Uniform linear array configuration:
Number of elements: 64
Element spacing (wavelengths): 0.5
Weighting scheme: blackman
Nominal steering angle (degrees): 60
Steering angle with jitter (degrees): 58.329
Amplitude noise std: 0.05
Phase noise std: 0.05

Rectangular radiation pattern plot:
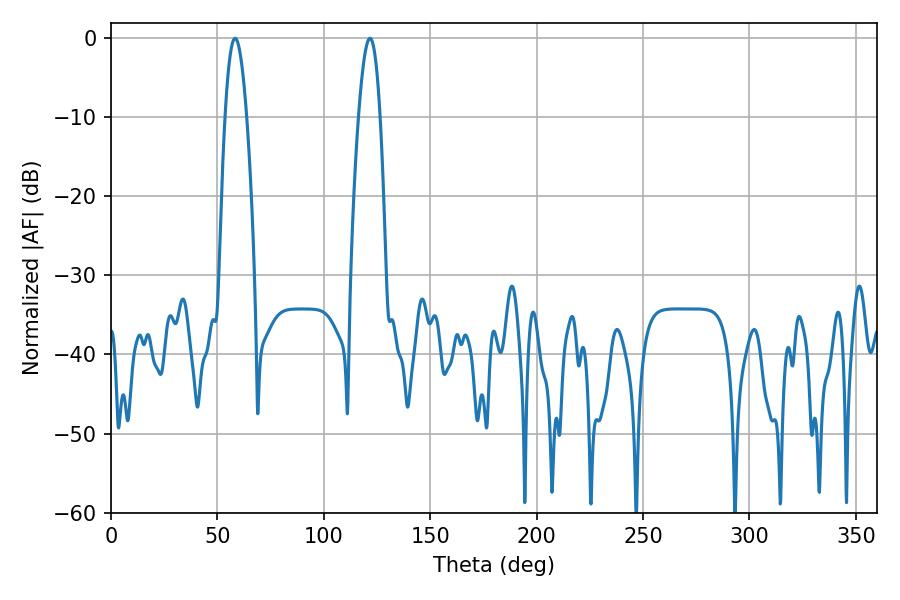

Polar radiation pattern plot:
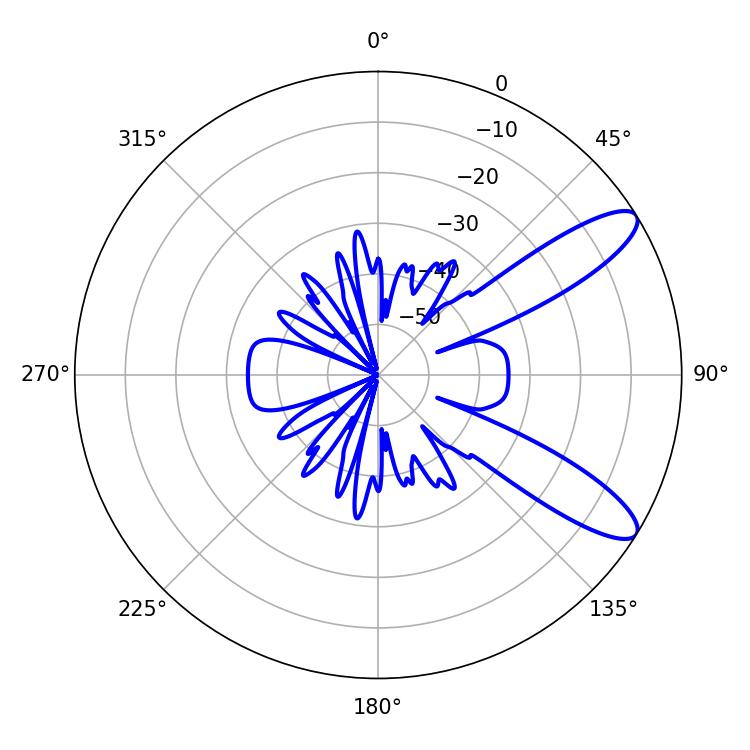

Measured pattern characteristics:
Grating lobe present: FALSE
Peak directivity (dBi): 10.482
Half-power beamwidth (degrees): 5.58
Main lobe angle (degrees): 121.68